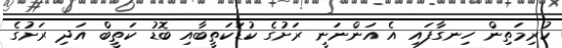
ކުރިމަތިން ހިނގާފައި އެ އަންނަނީ ރަށުގެ ކުޑަކަތީބާއި ބޮޑު ކަތީބް އަދި ރަށުގެ